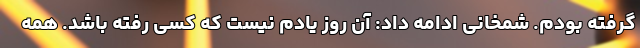
گرفته بودم. شمخانی ادامه داد: آن روز یادم نیست که کسی رفته باشد. همه